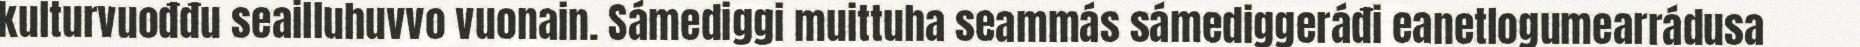
kulturvuođđu seailluhuvvo vuonain. Sámediggi muittuha seammás sámediggeráđi eanetlogumearrádusa